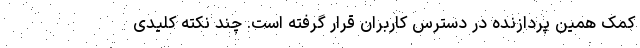
کمک همین پردازنده در دسترس کاربران قرار گرفته است. چند نکته کلیدی